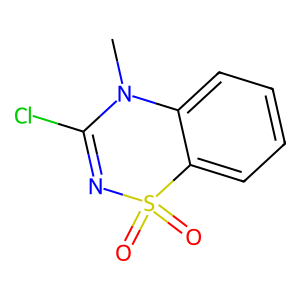
SMILES: CN1C(Cl)=NS(=O)(=O)c2ccccc21
Inhibits HIV replication: No